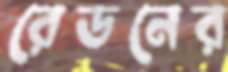
রেডনের